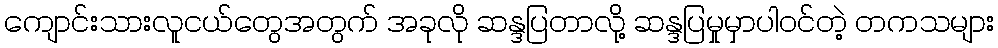
ကျောင်းသားလူငယ်တွေအတွက် အခုလို ဆန္ဒပြတာလို့ ဆန္ဒပြမှုမှာပါဝင်တဲ့ တကသများ